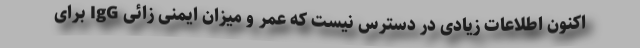
اکنون اطلاعات زیادی در دسترس نیست که عمر و میزان ایمنی زائی IgG برای